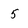
Character: 5